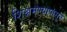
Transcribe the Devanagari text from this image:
शिश्नमण्यापासून